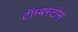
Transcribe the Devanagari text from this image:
टॉम्बस्टोन